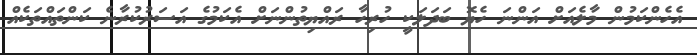
އެހެންކަމުން މާލެއަށް އަންނަ ހެޔޮ ބަދަލަކީ ހުރިހާ ރައްޔިތުންނަށް އެކަމުގެ އަސަރުކުރާނެ ކަންތައްތަކެއް